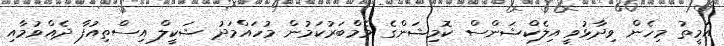
އަމީތު މިހެން ވިދާޅުވީ އިލެކްޝަންސް ކޮމިޝަންގެ މެމްބަރުކަމުން މުހައްމަދު ޝަކީލް އިސްތިއުފާ ދެއްވުމާއި